Leaving Certificate Examination (including Day School Certificate (Higher) General paper), 1939
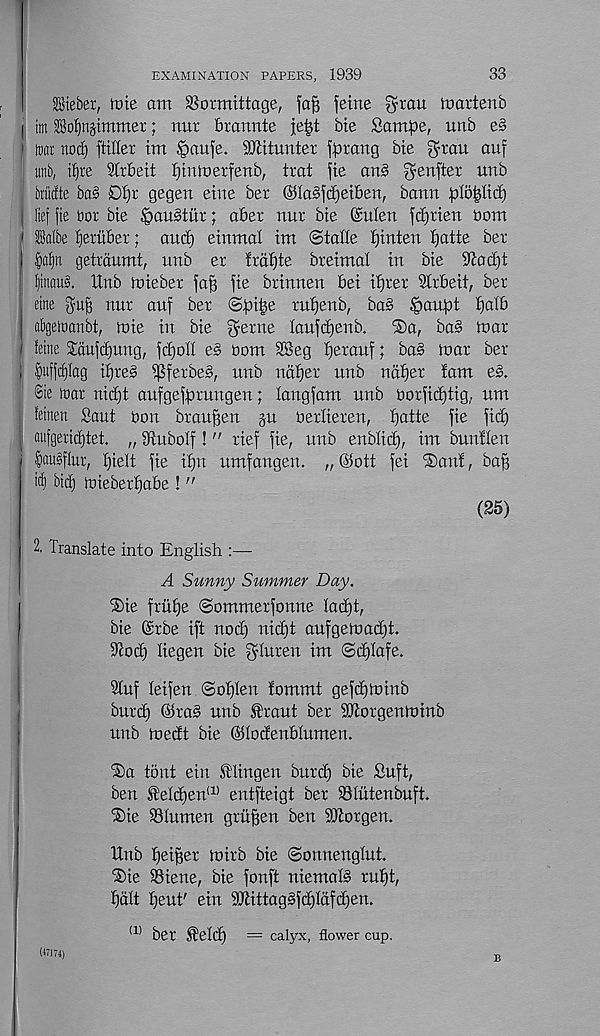
33
EXAMINATION PAPERS, 1939
Stebet, it)ie am SSormittage, faf] feme $rau martenb
I tm ®ol)njtmmer; nut brannte je^t bie Sampe, unb e§
i mar nod) ftiller tm §au)e. SJiitunter fprang bie grau auf
unb, ti)re Slrbeit ^tnmerfenb, trat fie an§ Verifier unb
: brMte ba§ 0f)r gegen eine bet @Ia§|d)et6en, bann iilopcf)
( lief fie tor bie £>au§tur; abet nut bie (Men \<$)iien bom
' ffialbe fieritber; and) einmal im ©talle ijinten i)atte bet
I §a^n getrdumt, unb et ltdf)te bteimal in bie S’ia^t
' ^tnaus. Unb miebet fa^ fie btinnen bei iijtet Sitbeit, bet
: cine guff nut auf bet
tufjenb, ba§ ^aufot fjalb
j abgeioanbt, boie in bie getne laufdjenb.
©a, ba§ mar
I feme £aufc[)ung, fd)oII e§ bom SBeg ^erauf; ba§ mar bet
| |)uffd)iag i^te§ i^fetbeS, unb naffer unb naffer fam e§.
Sie toat nicfjt aufgefforungen; fangfam unb borfidjtig. um
feinen Sant bon btau^en ju berfieten, £)atte fie fid)
aufgerid)tet. „ iRuboff!" tief fie, unb enbfidf, im bunffen
§au0flur, I)ieft fie if)tt umfangen. „ @ott fei iSanf, baff
icf bid) miebetijabe ! "
(25)
2, Translate into English :—•
A Sunny Summer Day.
®ie fritffe ©ommetfonne Iad)t,
I
bie ©tbe ift nod) nidft aufgemac^t.
iRod) fiegen bie gluten im ©d)fafe.
9luf feifen @o£)fen fommt gefdjminb
burd) ©ta§ unb ^raut bet Sbiorgenminb
unb medt bie ©lodenblumen.
®a tont ein Uliugen burd) bie fiuft,
ben ^efd)en a) entfteigt bet iBIutenbuft.
'Sie iBfumen grit^en ben 9ftorgen.
Unb fjeiget mitb bie ©onnenglut.
iSie SBiene, bie fonft niemafS ru^t,
fjdft pent' ein 9Eittag§fd)ldfd)en.
a) bet fefd) = calyx, flower cup.